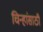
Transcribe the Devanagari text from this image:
चिन्हांसाठी